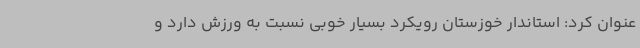
عنوان کرد: استاندار خوزستان رویکرد بسیار خوبی نسبت به ورزش دارد و